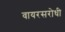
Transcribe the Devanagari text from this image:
वायरसरोधी